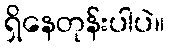
ရှိနေတုန်းပါပဲ။